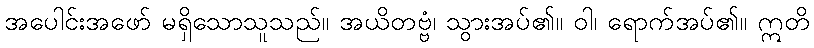
အပေါင်းအဖော် မရှိသောသူသည်။ အယိတဗ္ဗံ၊ သွားအပ်၏။ ဝါ၊ ရောက်အပ်၏။ ဣတိ